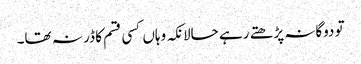
تو دوگانہ پڑھتے رہے حالانکہ وہاں کسی قسم کا ڈر نہ تھا۔